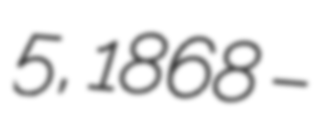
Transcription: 5, 1868 –